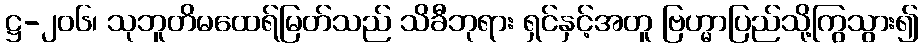
ဋ္ဌ-၂၀၆၊ သုဘူတိမထေရ်မြတ်သည် သိခီဘုရား ရှင်နှင့်အတူ ဗြဟ္မာပြည်သို့ကြွသွား၍